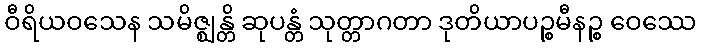
ဝီရိယဝသေန သမိဇ္ဈန္တိ ဆုပန္တံ သုတ္တာဂတာ ဒုတိယာပဉ္စမီနဉ္စ ဝေဿေ